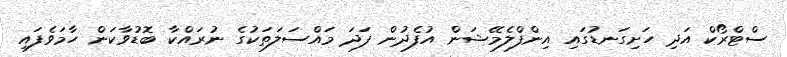
ސްޓްރޯކް އަދި ހަށިގަނޑުގައި އިންފްލެމޭޝަން އުފެދުން ފަދަ މައްސަލަތަކުގެ ނުރައްކާ ބޮޑުވާކަން ހާމަވެފައި